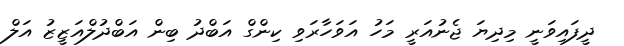
ދީފައިވަނީ މިދިޔަ ޖެނުއަރީ މަހު އަވަހާރަވި ކިންގް އަބްދު ބިން އަބްދުލްއަޒީޒު އަލް